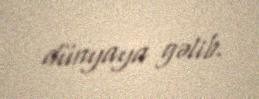
dünyaya gəlib.